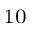
^ { 1 0 }